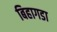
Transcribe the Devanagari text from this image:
बिहागडा